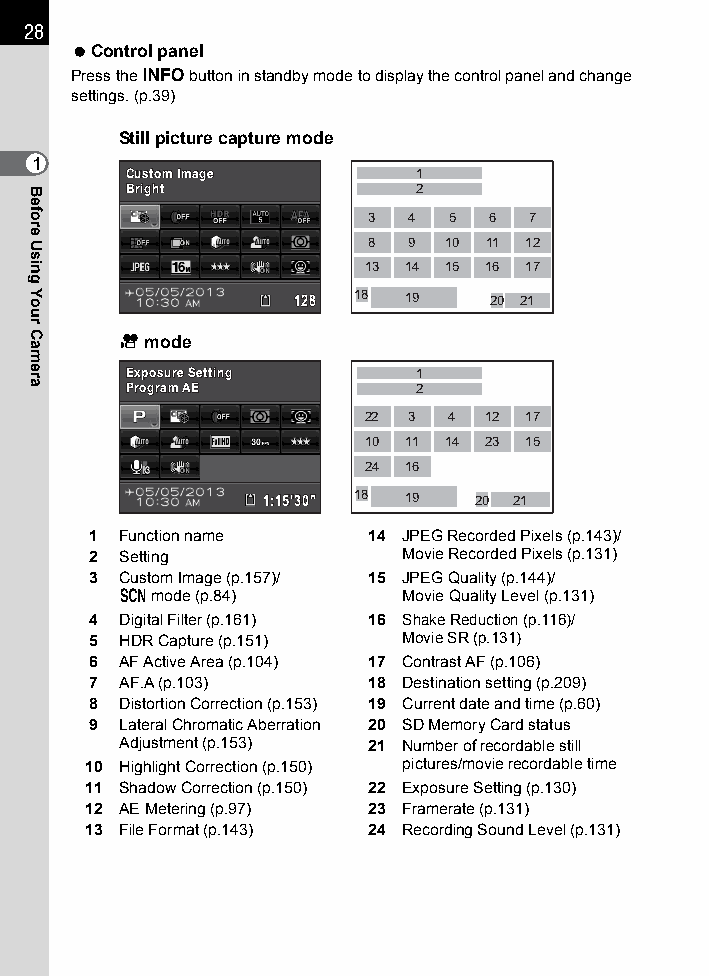
28
 Control panel
 Press the M button in standby mode to display the control panel and change
 settings. (p.39)
 Still picture capture mode
 1
 CCuussttoomm IImmaaggee 1
 BBrriigghhtt       2
 3  4  5 6  7
 8  9 10 11 12
 13 14 15 16 17
 112288 18 19 20 21
 C mode
 EExxppoossuurree SSeettttiinngg 1
 PPrrooggrraamm AAEE 2
 22 3 4  12 17
 10 11 14 23 15
 24 16
 11::1155''3300"" 18 19 20 21
 1 Function name   14 JPEG Recorded Pixels (p.143)/
 2 Setting           Movie Recorded Pixels (p.131)
 3 Custom Image (p.157)/ 15 JPEG Quality (p.144)/
 H mode (p.84)     Movie Quality Level (p.131)
 4 Digital Filter (p.161) 16 Shake Reduction (p.116)/
 5 HDR Capture (p.151) Movie SR (p.131)
 6 AF Active Area (p.104) 17 Contrast AF (p.106)
 7 AF.A (p.103)    18 Destination setting (p.209)
 8 Distortion Correction (p.153) 19 Current date and time (p.60)
 9 Lateral Chromatic Aberration 20 SD Memory Card status
 Adjustment (p.153) 21 Number of recordable still
 10 Highlight Correction (p.150) pictures/movie recordable time
 11 Shadow Correction (p.150) 22 Exposure Setting (p.130)
 12 AE Metering (p.97) 23 Framerate (p.131)
 13 File Format (p.143) 24 Recording Sound Level (p.131)
 Before
 Using
 Your
 Camera